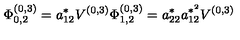
\Phi _ { 0 , 2 } ^ { ( 0 , 3 ) } = a _ { 1 2 } ^ { * } V ^ { ( 0 , 3 ) } \Phi _ { 1 , 2 } ^ { ( 0 , 3 ) } = a _ { 2 2 } ^ { * } a _ { 1 2 } ^ { * ^ { 2 } } V ^ { ( 0 , 3 ) }